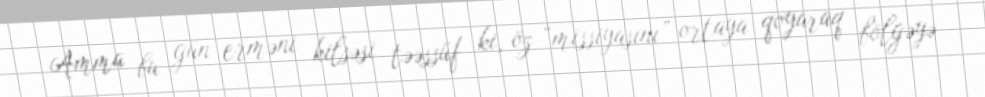
Amma bu gün erməni kilsəsi təəssüf ki, öz “missiyasını” ortaya qoyaraq bölgəyə